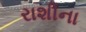
રાશીના